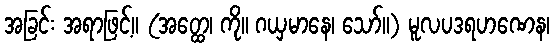
အခြင်း အရာဖြင့်။ (အတ္ထေ၊ ကို။ ဂယှမာနေ၊ သော်။) မူလပဒရဟဏေန၊